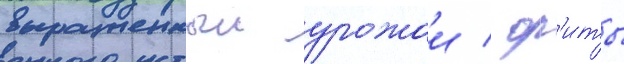
выращенныи урожаи / ор'иты